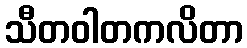
သီတဝါတကလိတာ